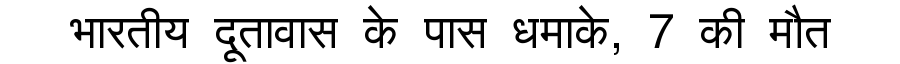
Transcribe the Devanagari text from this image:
भारतीय दूतावास के पास धमाके, 7 की मौत